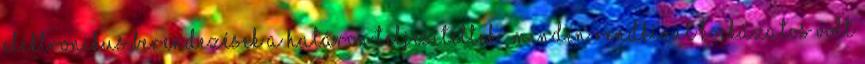
elektronikus berendezések a határon teljesítettek. „Minden rendkívül kockázatos volt